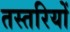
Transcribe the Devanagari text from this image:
तस्तरियों